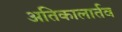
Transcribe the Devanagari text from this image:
अतिकालार्तव